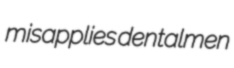
misapplies dentalmen